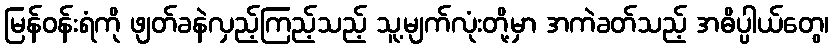
မြန်ဝန်းရံကို ဖျတ်ခနဲလှည့်ကြည့်သည့် သူ့မျက်လုံးတို့မှာ အကဲခတ်သည့် အဓိပ္ပါယ်တွေ၊